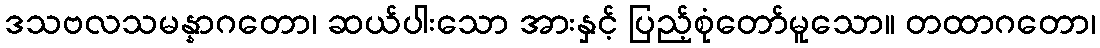
ဒသဗလသမန္နာဂတော၊ ဆယ်ပါးသော အားနှင့် ပြည့်စုံတော်မူသော။ တထာဂတော၊